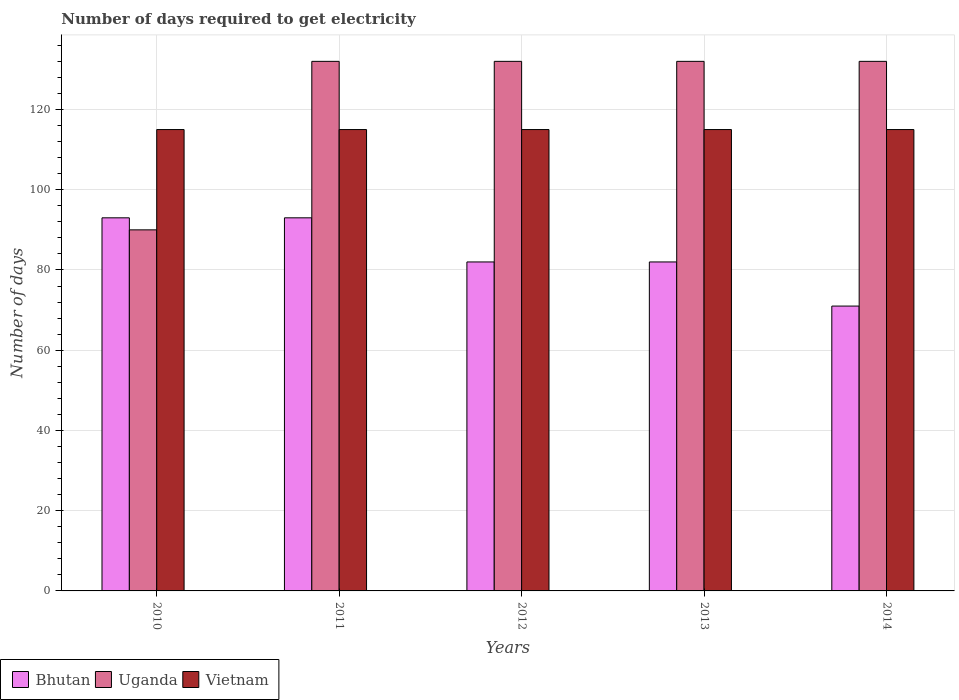
| Years | Bhutan | Uganda | Vietnam |
 | --- | --- | --- | --- |
 | 2010 | 93 | 90 | 115 |
 | 2011 | 93 | 132 | 115 |
 | 2012 | 82 | 132 | 115 |
 | 2013 | 82 | 132 | 115 |
 | 2014 | 71 | 132 | 115 |